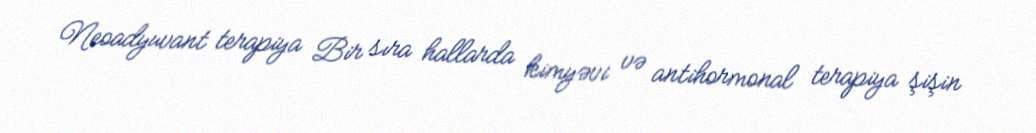
Neoadyuvant terapiya Bir sıra hallarda kimyəvi və antihormonal terapiya şişin